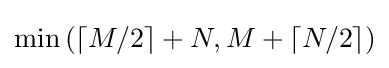
\min \left(\lceil M/2\rceil +N,M+\lceil N/2\rceil \right)